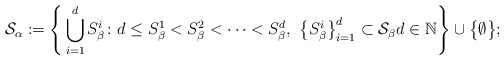
\begin{align*} \mathcal{S}_{\alpha}:=\Bigg\{ \bigcup_{i=1}^{d} S^{i}_{\beta}\colon d \leq S^{1}_{\beta} < S^{2}_{\beta} < \cdots < S^{d}_{\beta},\,\, \big\{ S^{i}_{\beta} \big\}_{i=1}^d \subset \mathcal{S}_{\beta} d \in \mathbb{N} \Bigg\} \cup\big\{\emptyset\big\}; \end{align*}